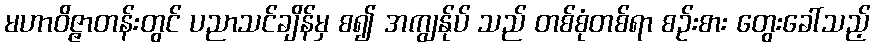
မဟာဝိဇ္ဇာတန်းတွင် ပညာသင်ချိန်မှ စ၍ အကျွန်ုပ် သည် တစ်စုံတစ်ရာ စဉ်းစား တွေးခေါ်သည့်